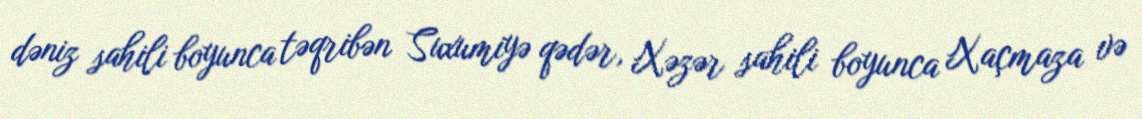
dəniz sahili boyunca təqribən Suxumiyə qədər, Xəzər sahili boyunca Xaçmaza və